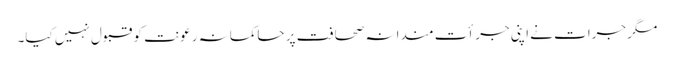
مگر جرات نے اپنی جرأت مندانہ صحافت پر حاکمانہ رعونت کو قبول نہیں کیا۔